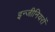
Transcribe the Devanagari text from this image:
इन्जीनियरों